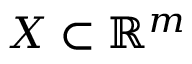
{ \cal { X } } \subset \mathbb { R } ^ { m }